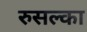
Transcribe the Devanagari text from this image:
रुसल्का